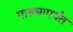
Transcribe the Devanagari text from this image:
पाड्यापर्यंत